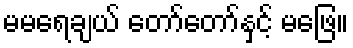
မမရေချယ် တော်တော်နှင့် မဖြေ။